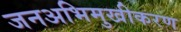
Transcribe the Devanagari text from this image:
जनअभिमुखीकरण